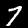
Digit: 7